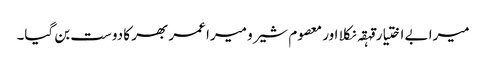
میرا بے اختیار قہقہ نکلا اور معصوم شیرو میرا عمر بھر کا دوست بن گیا۔